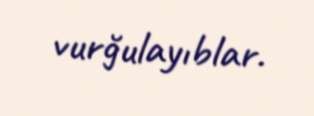
vurğulayıblar.